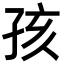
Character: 孩